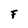
Character: F